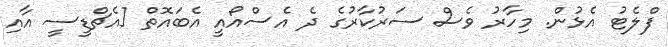
ފްލެޓު އެޅުން. މިހާރު ވެސް ސަރުކާރުގެ ދެ އެސްއޯއީ އެބައޮތް [އެޗްޑީސީ އާއި